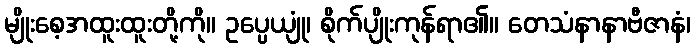
မျိုးစေ့အထူးထူးတို့ကို။ ဥပ္ပေယျုံ၊ စိုက်ပျိုးကုန်ရာ၏။ တေသံနာနာဗီဇာနံ၊